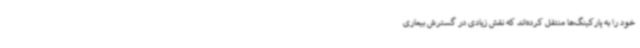
خود را به پارکینگ‌ها منتقل کرده‌اند که نقش ‌زیادی در گسترش بیماری